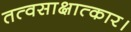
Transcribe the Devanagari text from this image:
तत्वसाक्षात्कार।